Kirjastus_Kulvaja, lk 3
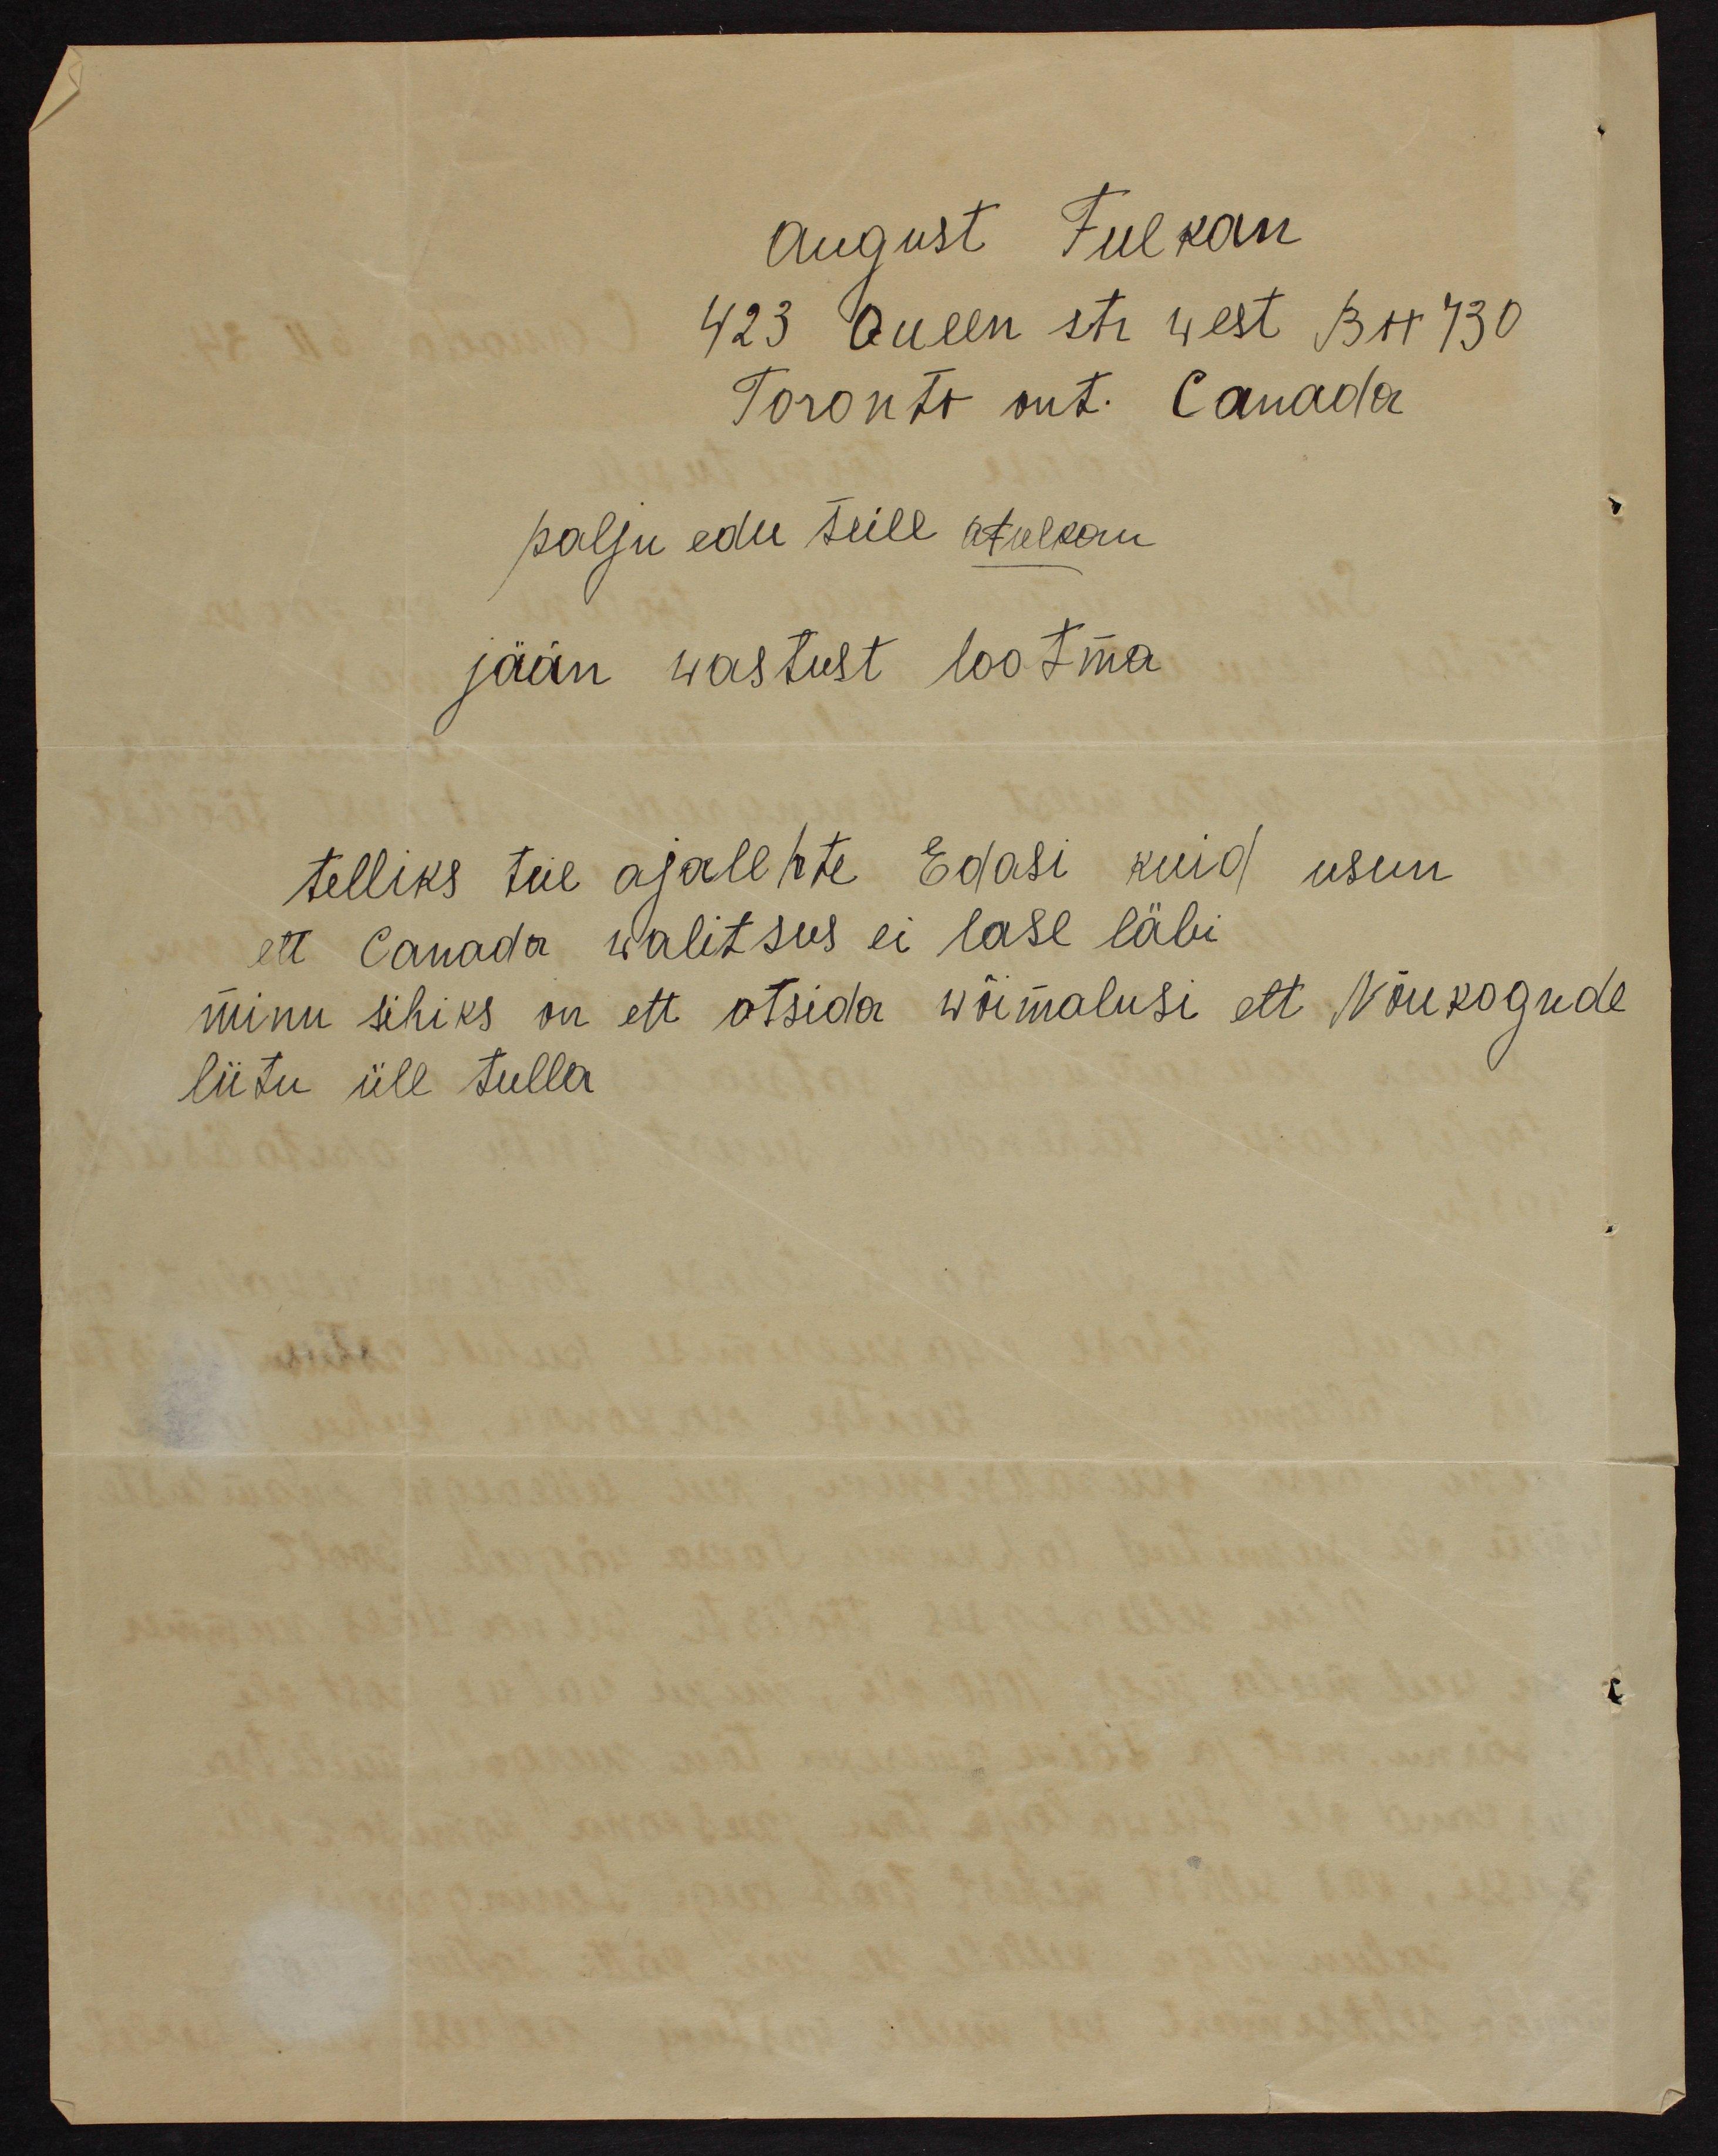
August Fulkan
423 Queen str 4 est BH 730
Toronto ont. Canada
palju edu teile atalkonu
jään wastust lootma
telliks teie ajalehte Edasi kuid usun
ett Canada walitsus ei lase läbi
minu sihiks on ett otsida wõimalusi ett Nõukogude
liitu üle tulla